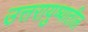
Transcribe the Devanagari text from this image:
उत्तरायुष्यातील